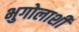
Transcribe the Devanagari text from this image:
भुगोलाशी